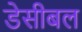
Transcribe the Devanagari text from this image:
डेसीबल